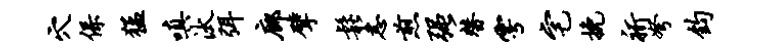
穴保猛嗔汰弭廊擘松恚煎强替雩宅挽祈弩钧